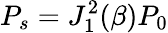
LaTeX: P_{s}=J_{1}^{2}(\beta)P_{0}